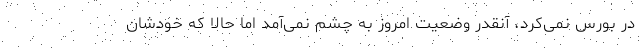
در بورس نمی‌کرد، آنقدر وضعیت امروز به چشم نمی‌آمد اما حالا که خودشان